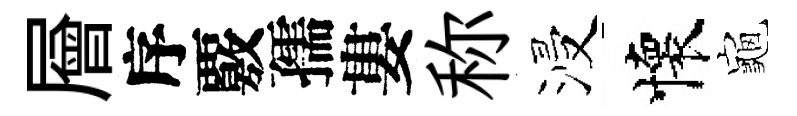
層序覈孺婁称浸懷龜